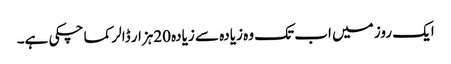
ایک روز میں اب تک وہ زیادہ سے زیادہ 20ہزار ڈالر کما چکی ہے۔